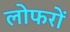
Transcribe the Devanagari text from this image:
लोफरों